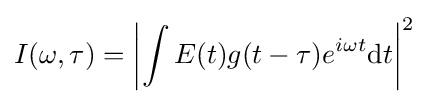
I(\omega ,\tau )=\left|\int {E(t)g(t-\tau )e^{i\omega t}\mathrm {d} t}\right|^{2}